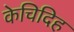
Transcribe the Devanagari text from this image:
केचिदिह